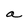
Character: a